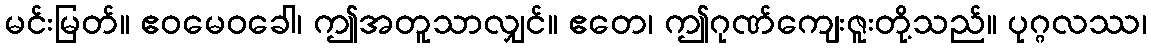
မင်းမြတ်။ ဧဝမေဝခေါ၊ ဤအတူသာလျှင်။ ဧတေ၊ ဤဂုဏ်ကျေးဇူးတို့သည်။ ပုဂ္ဂလဿ၊